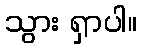
သွား ရှာပါ။